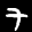
Label: 7